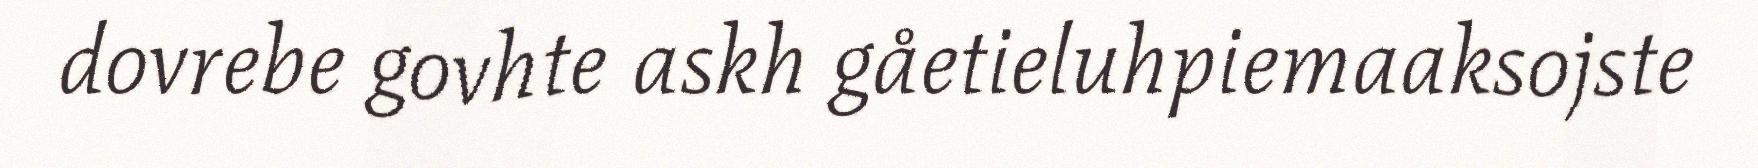
dovrebe govhte askh gåetieluhpiemaaksojste